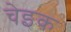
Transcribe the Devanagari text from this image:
चेइक